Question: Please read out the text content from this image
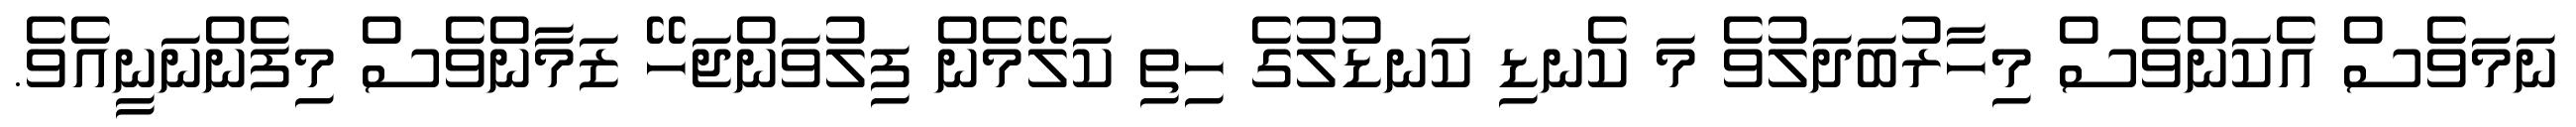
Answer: ނަމަވެސް އެކަންވެސް މިހާރުބަދަލުވެ މަ ކެނޑި ކަނޑުލުގެ ހިތި ކަލޭމެން ފިލުވަންޖަހޭ ޒަމާންވެސް މިފެންނަނީއެވެ.